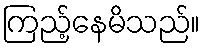
ကြည့်နေမိသည်။